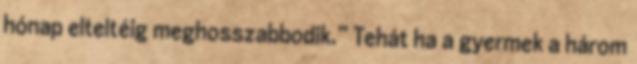
hónap elteltéig meghosszabbodik.” Tehát ha a gyermek a három